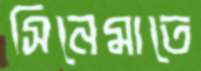
সিনেমাতে